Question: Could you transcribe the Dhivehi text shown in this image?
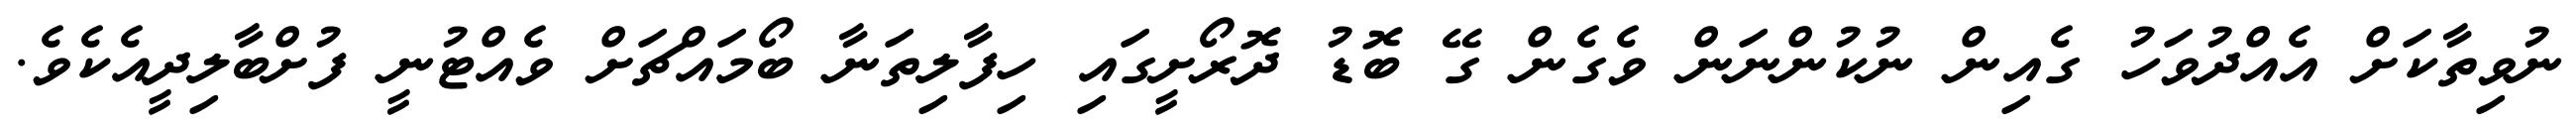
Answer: ނުވިތާކަށް އެއްދުވަހު ގެއިން ނުކުންނަން ވެގެން ގޭ ބޮޑު ދޮރޯށީގައި ހިފާލިތަނާ ބޯމައްޗަށް ވެއްޓުނީ ފުށްބާލިދީއެކެވެ.